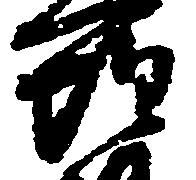
惶